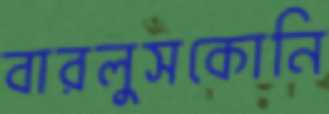
বারলুসকোনি